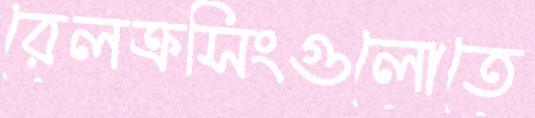
রেলক্রসিংগুলোতে